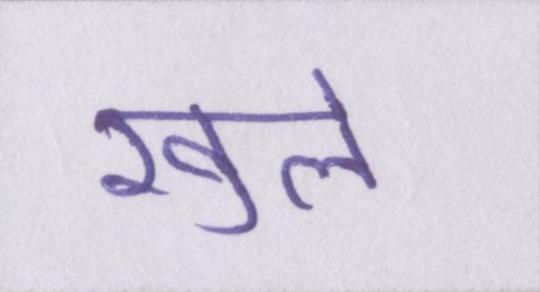
खुले